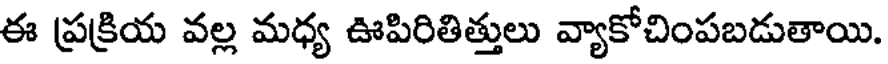
ఈ ప్రక్రియ వల్ల మధ్య ఊపిరితిత్తులు వ్యాకోచింపబడుతాయి.